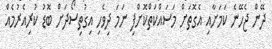
ދޭން ޖެހޭނެ ކަމަށާއި އެގޮތަށް މަސައްކަތްކޮށްފި ނަމަ ދިވެހި އިގުތިސޯދަށް ބޮޑު ކުރިއެރުމެއް